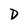
Character: D